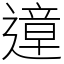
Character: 遧